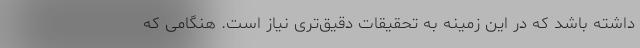
داشته باشد که در این زمینه به تحقیقات دقیق‌تری نیاز است. هنگامی که